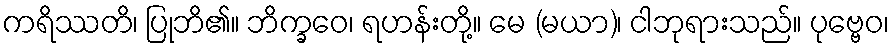
ကရိဿတိ၊ ပြုဘိ၏။ ဘိက္ခဝေ၊ ရဟန်းတို့။ မေ (မယာ)၊ ငါဘုရားသည်။ ပုဗ္ဗေဝ၊